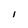
Character: 1